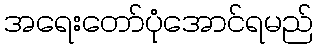
အရေးတော်ပုံအောင်ရမည်